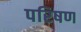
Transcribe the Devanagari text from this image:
परिषण